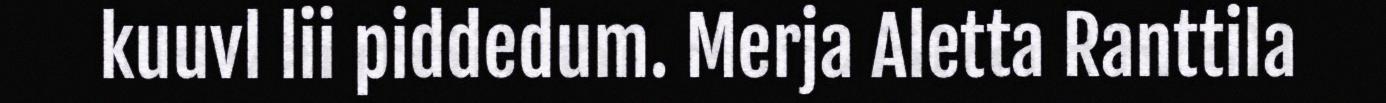
kuuvl lii piddedum. Merja Aletta Ranttila